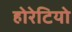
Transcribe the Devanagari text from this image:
होरेटियो